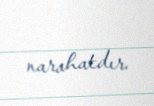
narahatdır.